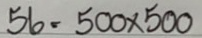
56 = 500 x 500